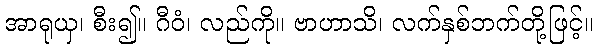
အာရုယှ၊ စီး၍။ ဂီဝံ၊ လည်ကို။ ဗာဟာသိ၊ လက်နှစ်ဘက်တို့ဖြင့်။